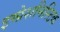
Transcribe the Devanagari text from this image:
इम्प्रेशनिस्टिक